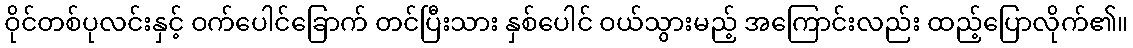
ဝိုင်တစ်ပုလင်းနှင့် ဝက်ပေါင်ခြောက် တင်ပြီးသား နှစ်ပေါင် ဝယ်သွားမည့် အကြောင်းလည်း ထည့်ပြောလိုက်၏။